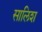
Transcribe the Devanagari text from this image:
सालिश